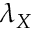
\lambda _ { X }